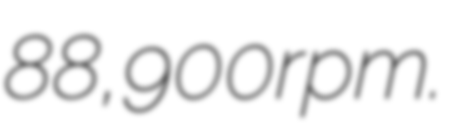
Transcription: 88,900rpm.